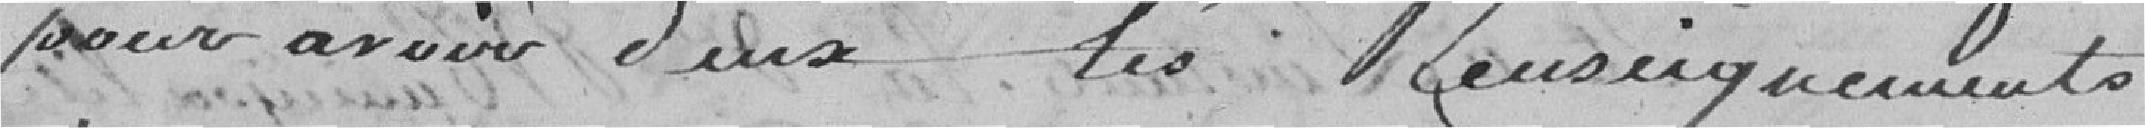
pour avoir deux les Renseignements